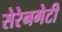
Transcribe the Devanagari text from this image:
सेरेनगेटी